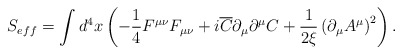
\begin{align*}S_{eff} = \int {d^4 } x\left( { - \frac{1}{4}F^{\mu \nu } F_{\mu\nu } + i\overline C \partial _\mu \partial ^\mu C +\frac{1}{{2\xi }}\left( {\partial _\mu A^\mu } \right)^2 }\right).\end{align*}